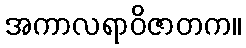
အကာလရာဝိဇာတက။